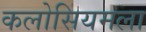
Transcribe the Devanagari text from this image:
कलोसियमला